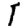
Digit: 1